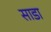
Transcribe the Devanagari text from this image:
साडा